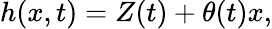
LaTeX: h(x,t)=Z(t)+\theta(t)x,